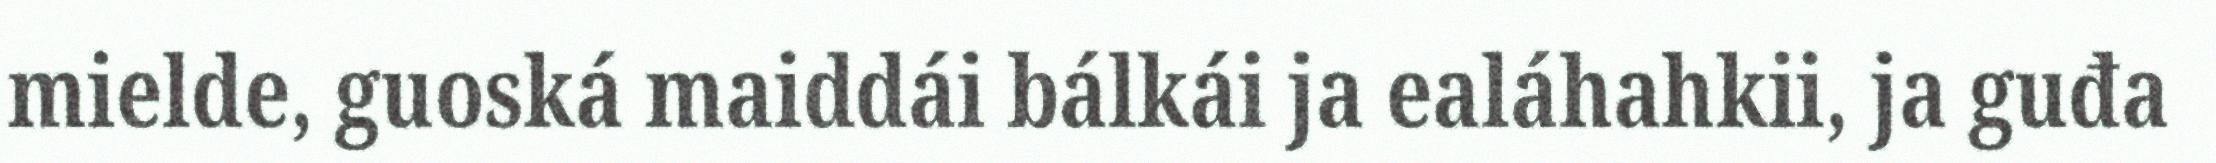
mielde, guoská maiddái bálkái ja ealáhahkii, ja guđa